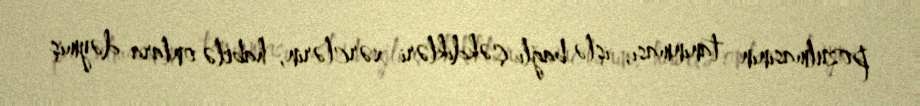
pozulmasının tanınması, işlə bağlı çəkdikləri xərclərin, habelə onlara dəymiş